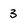
Character: 3